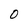
Character: O